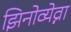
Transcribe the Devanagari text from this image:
झिनोव्येव्ना